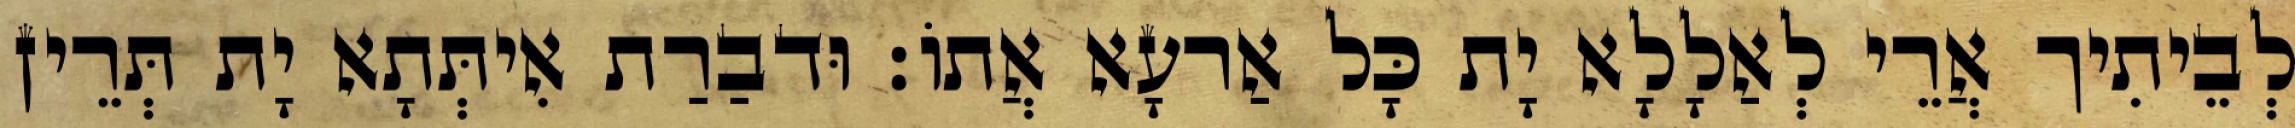
לְבֵיתִיך אֲרֵי לְאַלָלָא יָת כָּל אַרעָא אֲתוֹ׃ וּדבַרַת אִיתְּתָא יָת תְּרֵין